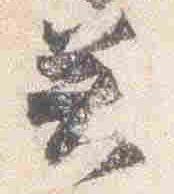
癸